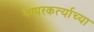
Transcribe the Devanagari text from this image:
वापरकर्त्याच्या